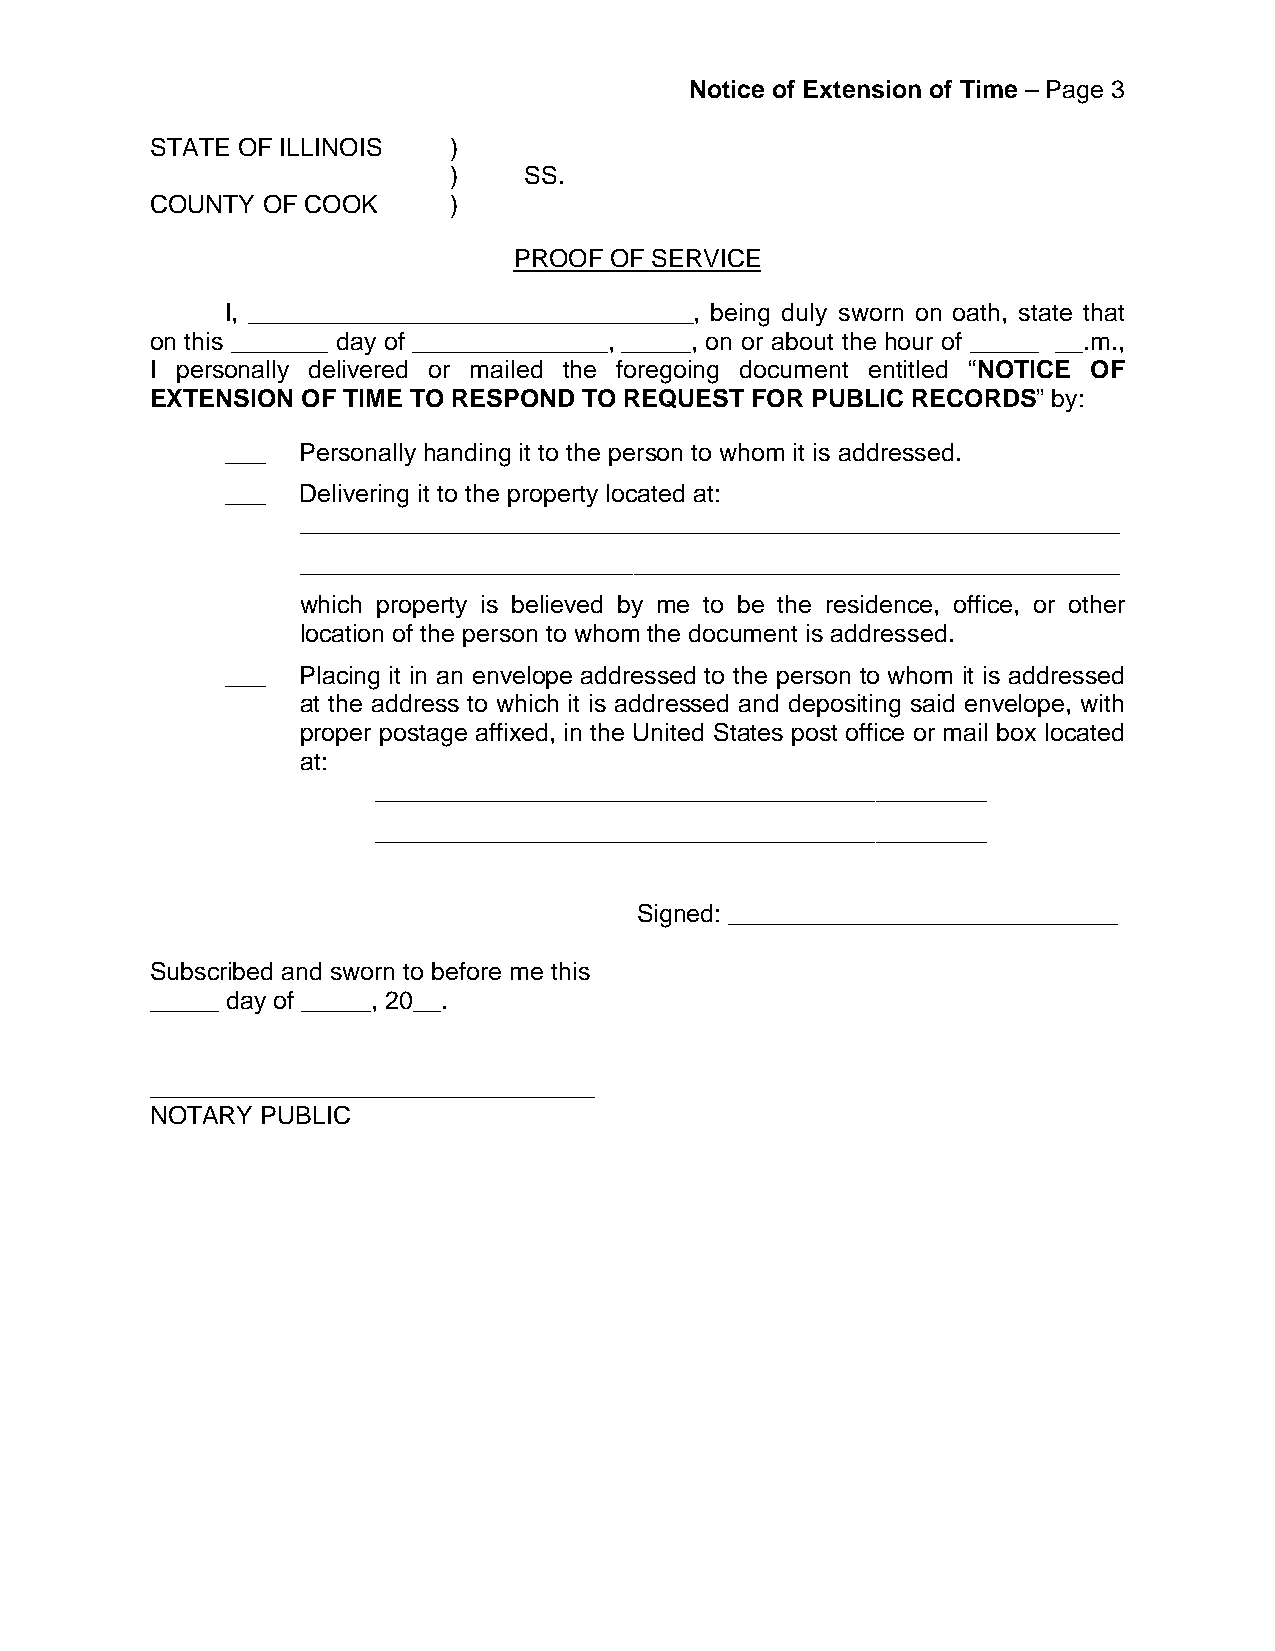
Notice of Extension of Time – Page 3
 STATE OF ILLINOIS   )
 )    SS.
 COUNTY OF COOK      )
 PROOF OF SERVICE
 I, ________________________________, being duly sworn on oath, state that
 on this _______ day of ______________, _____, on or about the hour of _____ __.m.,
 I personally delivered or mailed the foregoing document entitled “NOTICE OF
 EXTENSION OF TIME TO RESPOND TO REQUEST FOR PUBLIC RECORDS” by:
 ___  Personally handing it to the person to whom it is addressed.
 ___  Delivering it to the property located at:
 ___________________________________________________________
 ___________________________________________________________
 which property is believed by me to be the residence, office, or other
 location of the person to whom the document is addressed.
 ___  Placing it in an envelope addressed to the person to whom it is addressed
 at the address to which it is addressed and depositing said envelope, with
 proper postage affixed, in the United States post office or mail box located
 at:
 ____________________________________________
 ____________________________________________
 Signed: ____________________________
 Subscribed and sworn to before me this
 _____ day of _____, 20__.
 ________________________________
 NOTARY PUBLIC